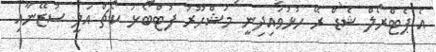
އެ ޕެޓްރޯލް ޝެޑް ރޭ ހުޅުވައިދިނީ މަޝްހޫރު ފުޓްބޯޅަ ކޯޗް އަލީ ސުޒޭނާއި